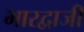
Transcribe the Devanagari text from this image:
भारद्वाजी